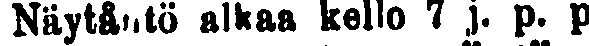
Näytäntö alkaa kello 7 j. p. p.